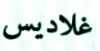
غلاديس